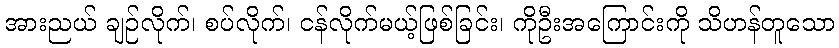
အားညယ် ချဉ်လိုက်၊ စပ်လိုက်၊ ငန်လိုက်မယ့်ဖြစ်ခြင်း၊ ကိုဦးအကြောင်းကို သိဟန်တူသော